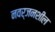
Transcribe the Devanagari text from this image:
नवर्जनशील